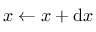
{ \boldsymbol { x } } \gets { \boldsymbol { x } } + \mathrm { d } { \boldsymbol { x } }